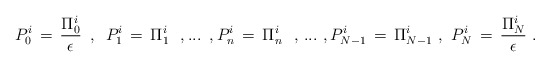
\begin{align*}P_0^i \,=\,{\Pi_0^i \over \epsilon}\,\,\,,\,\,\,P_1^i \,=\, \Pi_1^i \,\,\,\,,...\,\,\,,P_n^i \,=\, \Pi_n^i \,\,\,\,,\,...\,\,,P_{N-1}^i \,=\,\Pi_{N-1}^i \,\,,\,\,P_N^i \,=\,{\Pi_N^i \over \epsilon}\,\,.\end{align*}